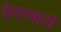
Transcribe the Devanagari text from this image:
ऐकणारी